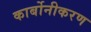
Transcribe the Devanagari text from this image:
कार्बोनीकरण